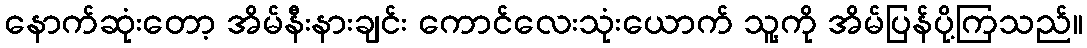
နောက်ဆုံးတော့ အိမ်နီးနားချင်း ကောင်လေးသုံးယောက် သူ့ကို အိမ်ပြန်ပို့ကြသည်။